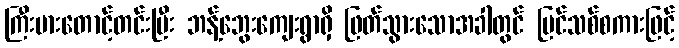
ကြီးမားတောင့်တင်းပြီး ဘန့်ဘွေးကျေးရွာရှိ ဖြတ်သွားသောအခါတွင် ပြင်သစ်စကားဖြင့်